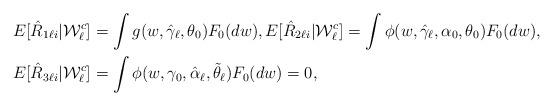
LaTeX: \begin{align*}E[\hat{R}_{1\ell i}|\mathcal{W}_{\ell}^{c}] & =\int g(w,\hat{\gamma}_{\ell},\theta_{0})F_{0}(dw),E[\hat{R}_{2\ell i}|\mathcal{W}_{\ell}^{c}]=\int\phi(w,\hat{\gamma}_{\ell},\alpha_{0},\theta_{0})F_{0}(dw),\\E[\hat{R}_{3\ell i}|\mathcal{W}_{\ell}^{c}] & =\int\phi(w,\gamma_{0},\hat{\alpha}_{\ell},\tilde{\theta}_{\ell})F_{0}(dw)=0,\end{align*}